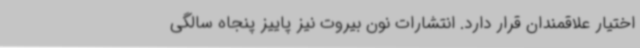
اختیار علاقمندان قرار دارد. انتشارات نون بیروت نیز پاییز پنجاه سالگی